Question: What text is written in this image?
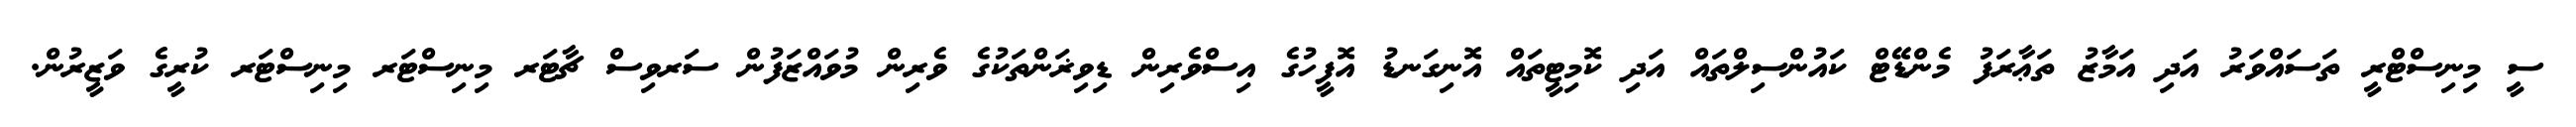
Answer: ސީ މިނިސްޓްރީ ތަސައްވަރު އަދި އަމާޒު ތަޢާރަފު މެންޑޭޓް ކައުންސިލްތައް އަދި ކޮމިޓީތައް އޮނިގަނޑު އޮފީހުގެ އިސްވެރިން ޑިވިޜަންތަކުގެ ވެރިން މުވައްޒަފުން ސަރވިސް ޗާޓަރ މިނިސްޓަރ މިނިސްޓަރ ކުރީގެ ވަޒީރުން.